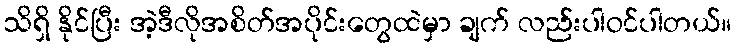
သိရှိ နိုင်ပြီး အဲ့ဒီလိုအစိတ်အပိုင်းတွေထဲမှာ ချက် လည်းပါဝင်ပါတယ်။